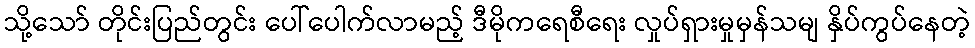
သို့သော် တိုင်းပြည်တွင်း ပေါ်ပေါက်လာမည့် ဒီမိုကရေစီရေး လှုပ်ရှားမှုမှန်သမျ နှိပ်ကွပ်နေတဲ့